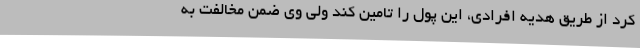
کرد از طریق هدیه افرادی، این پول را تامین کند ولی وی ضمن مخالفت به